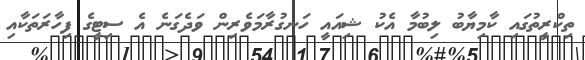
ތިކްރީތުގައި ކާމިޔާބު ލިބުމާ އެކު ޝިއައީ ހަނގުރާމަވެރިން ވަދެގަނެ އެ ސިޓީގެ ފިހާރަތަކާއި